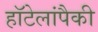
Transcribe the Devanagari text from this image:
हॉटेलांपैकी